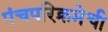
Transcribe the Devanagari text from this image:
पंचपरिक्रमेची